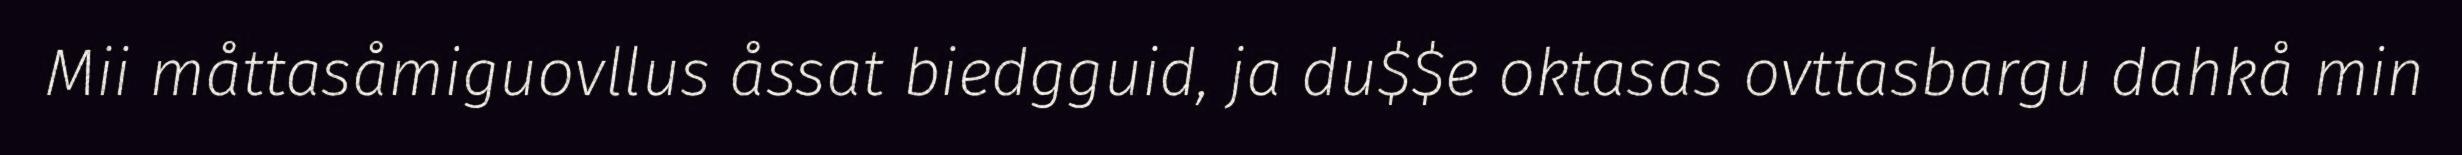
Mii måttasåmiguovllus åssat biedgguid, ja du$$e oktasas ovttasbargu dahkå min